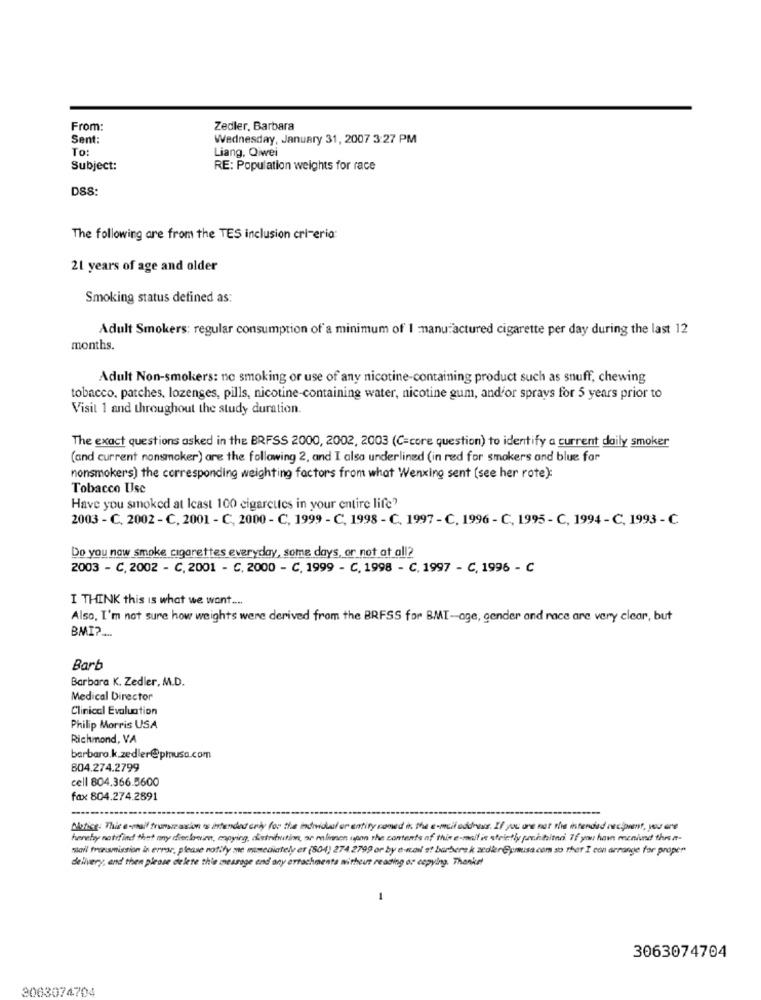
From:
Zedler, Barbara
Sent:
Wednesday, January 31, 2007 3:27 PM
To:
Liang, Qiwei
Subject:
RE: Population weights for race
DSS:
The following are from the TES inclusion cri-eria:
21 years of age and older
Smoking status defined as:
Adult Smokers: regular consumption of a minimum of 1 manufactured cigarette per day during the last 12
months.
Adult Non-smokers: no smoking or use of any nicotine-containing product such as snuff, chewing
tobacco, patches, lozenges, pills, nicotine-containing water, nicotine gum, and'or sprays for 5 years prior to
Visit 1 and throughout the study duration.
The exact questions asked in the BRFSS 2000, 2002, 2003 (C=core question) to identify a current daily smoker
(and current nonsmoker) are the following 2, and I also underlined (in red for smokers and blue for
nonsmokers) the corresponding weighting factors from what Wenxing sent (see her rote):
Tobacco Use
Have you smoked at least 100 cigarettes in your entire life?
2003 - C. 2002 - C, 2001 - C, 2000 - C, 1999 - C, 1998 - C, 1997 - C, 1996 - C, 1995 - C, 1994 - C, 1993 - C
Do you now smoke cigarettes everyday, some days, or not at all2
2003 - C. 2002 - C, 2001 - C, 2000 - C, 1999 - C, 1998 - C, 1997 - C, 1996 - C
I THINK this is what we want ....
Also, I'm not sure how weights were derived from the BRFSS for BMI-age, gender and race are very clear, but
BMI ?...
Barb
Barbara K. Zedler, M.D.
Medical Director
Clinical Evaluation
Philip Morris USA
Richmond, VA
barbaro.k.zedler@phusa.com
804.274.2799
cell 804.366.5600
fax 804.274.2891
thefice: This e-mail frunszzaxion es intended criy for the individual or entity coned in. the e-mail address. If you are not the intended recipient, you are
hereby notifind that any dieclown, copying, dustrituition, or ralinnen spon the contents of this e-mail in strictly pachtited. If you have manind thesæ-
mail transmission in error, please notify me mimediately er (804) 274.2799 or by e-n.dal et barbere k zedler@prusa.com so that I con arrange for proper
delivery, and then please delete thie message and any ertachmenta mitheir reading or copying. Thanks!
1
3063074704
3063074704